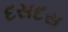
દસદસ